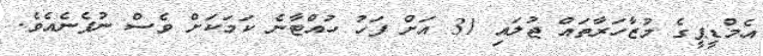
އެމްޑީޕީގެ މުޒާހަރާތައް ޖުލައި 31 އަށް ފަހު ހުއްޓާނެ ކަމަކަށް ވެސް ނުފެނެއެވެ.